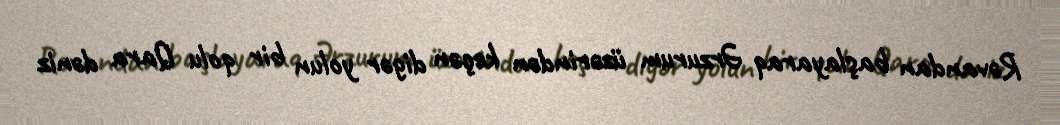
Rəvandan başlayaraq Ərzurum üzərindən keçən digər yolun bir qolu Qara dəniz